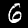
Digit: 6